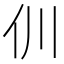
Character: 𠆯